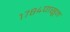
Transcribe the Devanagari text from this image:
१७८४पासून